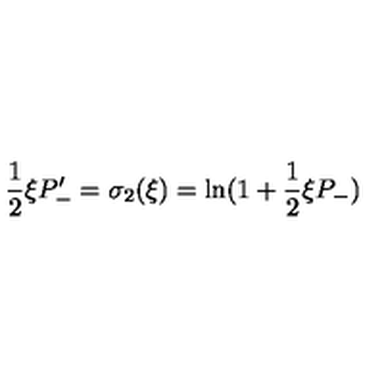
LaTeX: \frac { 1 } { 2 } \xi P _ { - } ^ { \prime } = \sigma _ { 2 } ( \xi ) = \ln ( 1 + \frac { 1 } { 2 } \xi P _ { - } )